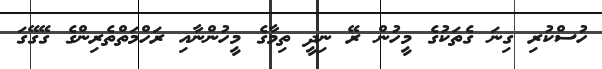
ހުސްކުރި ގިނަ ގެތަކުގެ މީހުން ރޭ ނިދީ ތިމާގެ މީހުންނާއި ރަހްމަތްތެރިންގެ ގޭގޭގަ